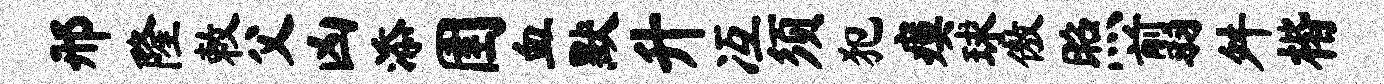
邢隆敕父凶添圉血默升冱须犯瘼球傲照翦舛楷